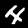
Digit: 4